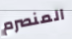
المنصرم